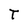
Character: T